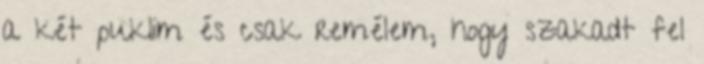
a két puklim és csak remélem, hogy szakadt fel